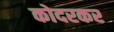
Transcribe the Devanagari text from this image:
कोदरकर